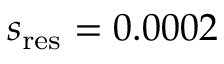
s _ { \mathrm { r e s } } = 0 . 0 0 0 2